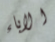
الاباء